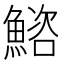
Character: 𫙩